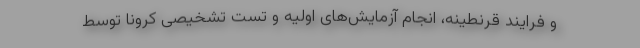
و فرایند قرنطینه، انجام آزمایش‌های اولیه و تست تشخیصی کرونا توسط